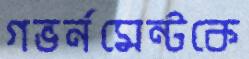
গভর্নমেন্টকে